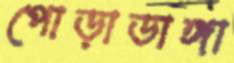
পোড়াডাঙ্গা